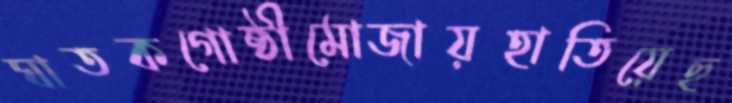
ঘাতকগোষ্ঠীমোজায়হাতিয়েছ